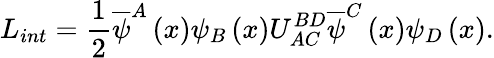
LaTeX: L_{int}=\frac{1}{2}\overline{{{\psi}}}^{A}\left(x\right)\psi_{B}\left(x\right)U_{AC\, }^{BD}\overline{{{\psi}}}^{C}\left(x\right)\psi_{D}\left(x\right).